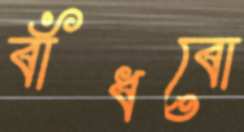
বাঁধবো